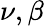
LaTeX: \nu,\beta